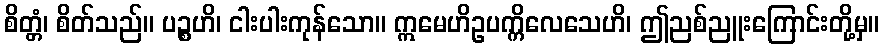
စိတ္တံ၊ စိတ်သည်။ ပဉ္စဟိ၊ ငါးပါးကုန်သော။ ဣမေဟိဥပက္ကိလေသေဟိ၊ ဤညစ်ညူးကြောင်းတို့မှ။